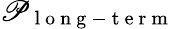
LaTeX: \mathscr{P}_{\mathrm{{~l~o~n~g~-~t~e~r~m~}}}